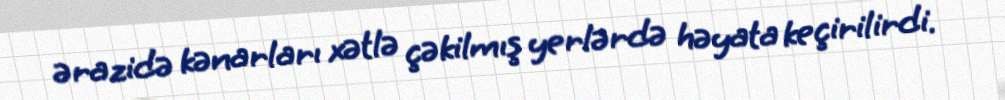
ərazidə kənarları xətlə çəkilmış yerlərdə həyata keçirilirdi.